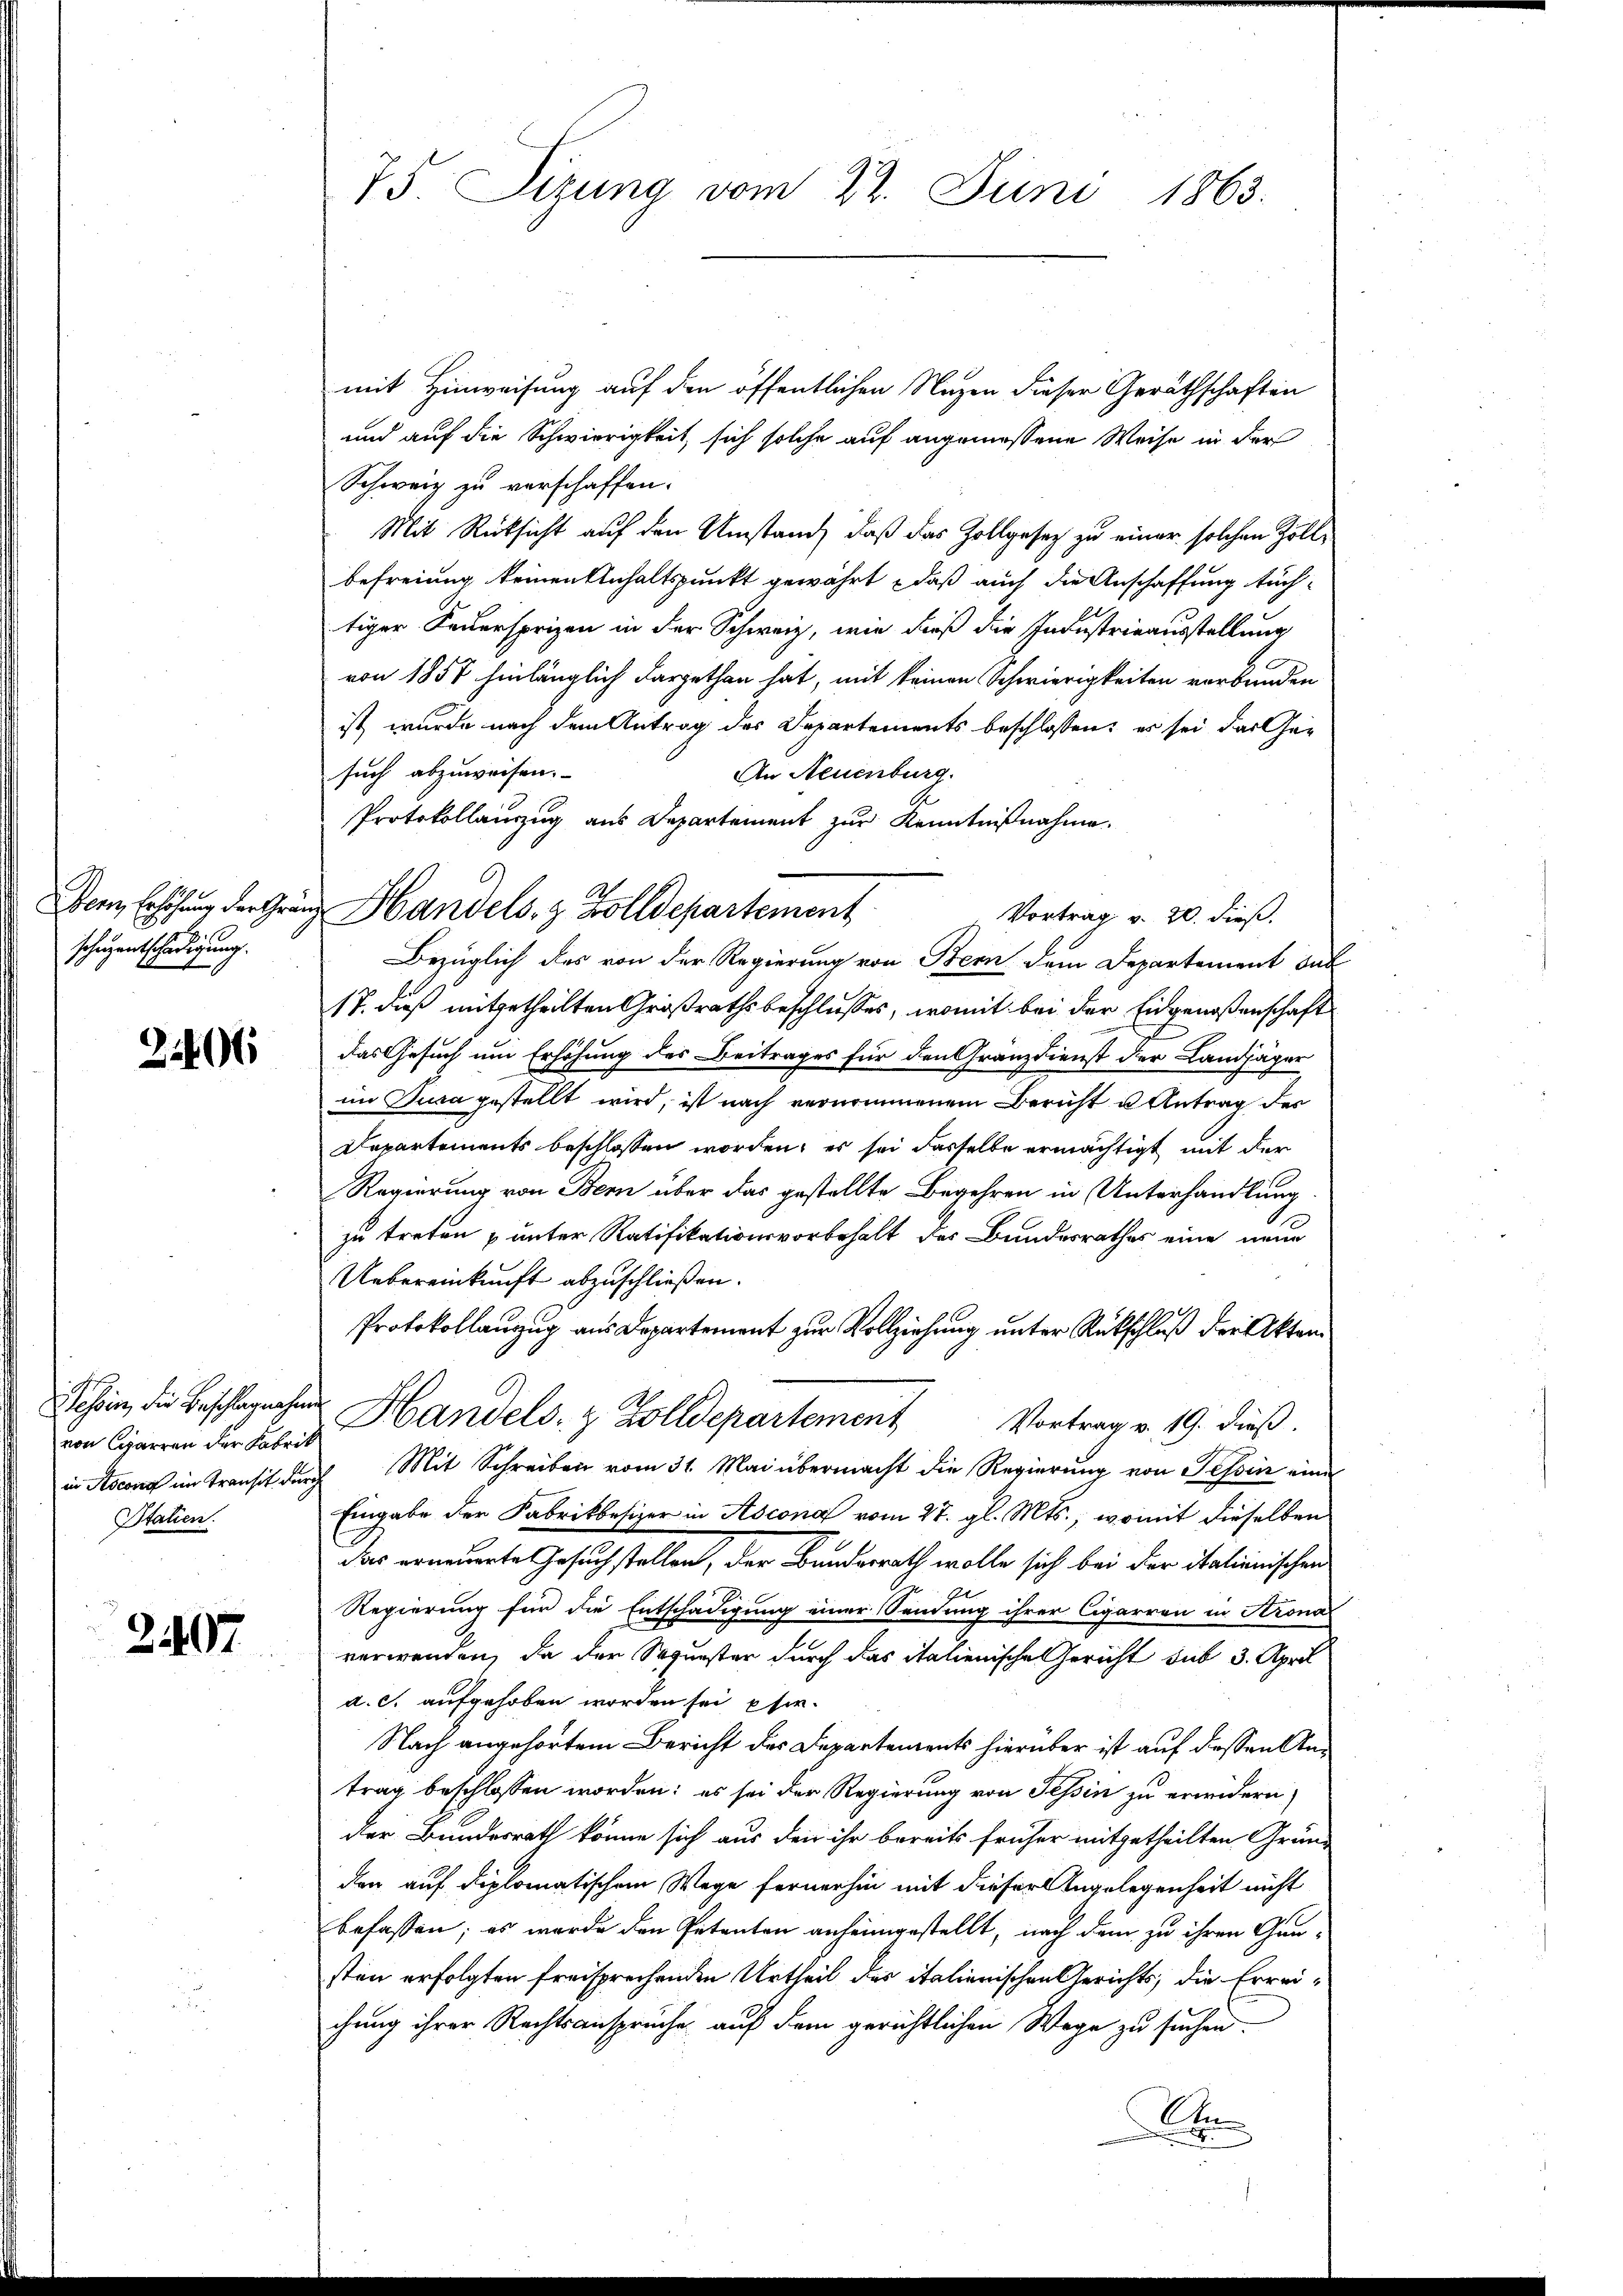
schigentschädigung.

2106

von Carren der Fabrik
in Itscono im Transit durch
Statien.

2407

75. Sizung vom 22. Juni 1863.

mit Hinweisung auf den öffentlichen Nazen dieser Geräthschaften
und auf die Schwierigkeit, sich solche auf angemessene Weise in der
Schweiz zu verschaffen.
Mit Rücksicht auf den Umstand, daß das Zollgesetz zu einer solchen Zollbefreiung keinen Unhaltspunkt gewährt, daß auch die Anschaffung tüchtiger Feuersprizen in der Schweiz, wie dieß die Industrieausstellung
von 1857 hinlänglich dargethan hat, mit keinen Schwierigkeiten verbunden
ist, wurde nach dem Antrag des Departements beschlossen: es sei das Gesuch abzuweisen.
An Neuenburg.
Protokollauszug aus Departement zur Kenntnißnahme.
Vortrag v. 20. dieß.
Bezüglich des von der Regierung von Bern dem Departement sub
17. dieß mitgetheilten Großrathsbeschlusses, womit bei der Eidgenoßenschaft
das Gesuch um Erhöhung des Beitrages für den Granzdienst der Landjäger
im Jura gestellt wird, ist nach vernommenem Bericht u Antrag des
Departements beschlossen worden, es sei dasselbe ermächtigt mit der
Regierung von Bern über das gestellte Begehren in Unterhandlung
zu treten & unter Ratifikationsvorbehalt des Bundesrathes eine neue
Uebereinkunft abzuschließen.
Protokollanzug aus Departement zur Vollziehung unter Rückschluß der Akten
Schein, die Beschlagenen Handels- & Zolldepartement
Vortrag v. 19. dieß.
Mit Schreiben vom 31. Mai übermacht die Regierung von Tessin eine
Eingabe der Fabrikbesizer in Ascona vom 27. gl. Mts., womit dieselben
das erneuerte Gesuch stellen, der Bundesrath wolle sich bei der italienischen
1
Regierung für die Entschädigung einer Sendung ihrer Cigarren in Krona
verwenden, da der Sequester durch das italienische Gericht sub 3. April
a. c. aufgehoben worden sei pfer¬
Nach angehörtem Bericht des Departements hierüber ist auf dessen Antrag beschlossen worden; es sei der Regierung von Tessin zu erindern,
der Bundesrath könne sich aus den ihr bereits früher mitgetheilten Grün-
den auf diplomatischem Wege fernerhin mit dieser Angelegenheit nicht
befassen; es wurde den Petenten anheimgestellt, nach dem zu ihren Gan-
sten erfolgten freisprechenden Urtheil des italienischen Gerichts, die Erreichung ihrer Rechtsansprüche auf dem gerichtlichen Wege zu suchen.
A
.

Dem Erhöhung der Gränz Handels- & Zolldepartement